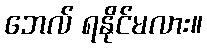
ဘေလ် ရနိုင်မလား။